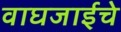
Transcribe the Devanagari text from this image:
वाघजाईचे